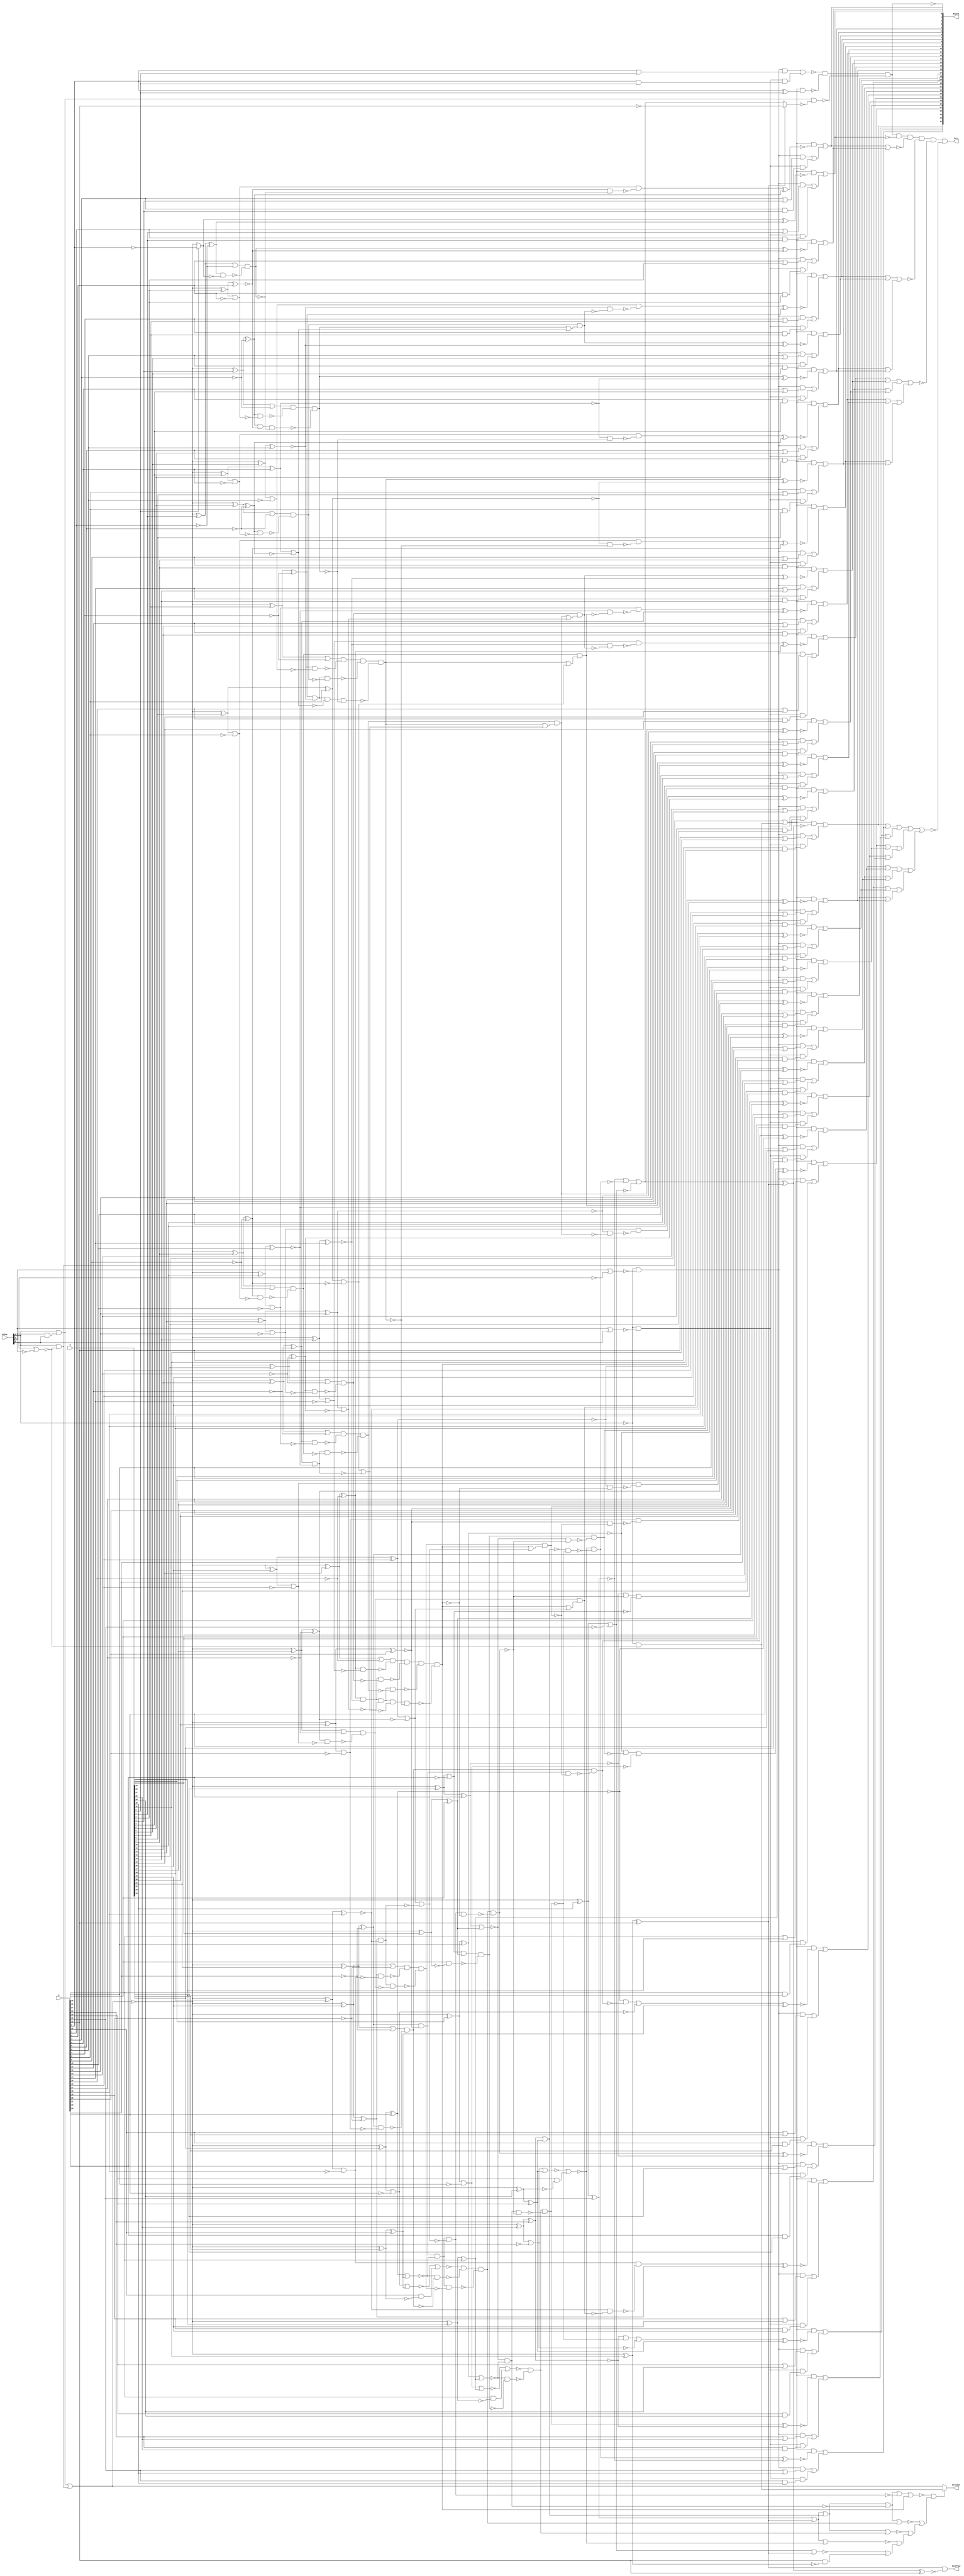
/* Generated by Yosys 0.12+36 (git sha1 60c3ea367, clang 10.0.0-4ubuntu1 -fPIC -Os) */

(* src = "alu.v:5.1-52.10" *)
module alu_reference(A, B, ALUop, Overflow, CarryOut, Zero, Result);
  wire _0000_;
  wire _0001_;
  wire _0002_;
  wire _0003_;
  wire _0004_;
  wire _0005_;
  wire _0006_;
  wire _0007_;
  wire _0008_;
  wire _0009_;
  wire _0010_;
  wire _0011_;
  wire _0012_;
  wire _0013_;
  wire _0014_;
  wire _0015_;
  wire _0016_;
  wire _0017_;
  wire _0018_;
  wire _0019_;
  wire _0020_;
  wire _0021_;
  wire _0022_;
  wire _0023_;
  wire _0024_;
  wire _0025_;
  wire _0026_;
  wire _0027_;
  wire _0028_;
  wire _0029_;
  wire _0030_;
  wire _0031_;
  wire _0032_;
  wire _0033_;
  wire _0034_;
  wire _0035_;
  wire _0036_;
  wire _0037_;
  wire _0038_;
  wire _0039_;
  wire _0040_;
  wire _0041_;
  wire _0042_;
  wire _0043_;
  wire _0044_;
  wire _0045_;
  wire _0046_;
  wire _0047_;
  wire _0048_;
  wire _0049_;
  wire _0050_;
  wire _0051_;
  wire _0052_;
  wire _0053_;
  wire _0054_;
  wire _0055_;
  wire _0056_;
  wire _0057_;
  wire _0058_;
  wire _0059_;
  wire _0060_;
  wire _0061_;
  wire _0062_;
  wire _0063_;
  wire _0064_;
  wire _0065_;
  wire _0066_;
  wire _0067_;
  wire _0068_;
  wire _0069_;
  wire _0070_;
  wire _0071_;
  wire _0072_;
  wire _0073_;
  wire _0074_;
  wire _0075_;
  wire _0076_;
  wire _0077_;
  wire _0078_;
  wire _0079_;
  wire _0080_;
  wire _0081_;
  wire _0082_;
  wire _0083_;
  wire _0084_;
  wire _0085_;
  wire _0086_;
  wire _0087_;
  wire _0088_;
  wire _0089_;
  wire _0090_;
  wire _0091_;
  wire _0092_;
  wire _0093_;
  wire _0094_;
  wire _0095_;
  wire _0096_;
  wire _0097_;
  wire _0098_;
  wire _0099_;
  wire _0100_;
  wire _0101_;
  wire _0102_;
  wire _0103_;
  wire _0104_;
  wire _0105_;
  wire _0106_;
  wire _0107_;
  wire _0108_;
  wire _0109_;
  wire _0110_;
  wire _0111_;
  wire _0112_;
  wire _0113_;
  wire _0114_;
  wire _0115_;
  wire _0116_;
  wire _0117_;
  wire _0118_;
  wire _0119_;
  wire _0120_;
  wire _0121_;
  wire _0122_;
  wire _0123_;
  wire _0124_;
  wire _0125_;
  wire _0126_;
  wire _0127_;
  wire _0128_;
  wire _0129_;
  wire _0130_;
  wire _0131_;
  wire _0132_;
  wire _0133_;
  wire _0134_;
  wire _0135_;
  wire _0136_;
  wire _0137_;
  wire _0138_;
  wire _0139_;
  wire _0140_;
  wire _0141_;
  wire _0142_;
  wire _0143_;
  wire _0144_;
  wire _0145_;
  wire _0146_;
  wire _0147_;
  wire _0148_;
  wire _0149_;
  wire _0150_;
  wire _0151_;
  wire _0152_;
  wire _0153_;
  wire _0154_;
  wire _0155_;
  wire _0156_;
  wire _0157_;
  wire _0158_;
  wire _0159_;
  wire _0160_;
  wire _0161_;
  wire _0162_;
  wire _0163_;
  wire _0164_;
  wire _0165_;
  wire _0166_;
  wire _0167_;
  wire _0168_;
  wire _0169_;
  wire _0170_;
  wire _0171_;
  wire _0172_;
  wire _0173_;
  wire _0174_;
  wire _0175_;
  wire _0176_;
  wire _0177_;
  wire _0178_;
  wire _0179_;
  wire _0180_;
  wire _0181_;
  wire _0182_;
  wire _0183_;
  wire _0184_;
  wire _0185_;
  wire _0186_;
  wire _0187_;
  wire _0188_;
  wire _0189_;
  wire _0190_;
  wire _0191_;
  wire _0192_;
  wire _0193_;
  wire _0194_;
  wire _0195_;
  wire _0196_;
  wire _0197_;
  wire _0198_;
  wire _0199_;
  wire _0200_;
  wire _0201_;
  wire _0202_;
  wire _0203_;
  wire _0204_;
  wire _0205_;
  wire _0206_;
  wire _0207_;
  wire _0208_;
  wire _0209_;
  wire _0210_;
  wire _0211_;
  wire _0212_;
  wire _0213_;
  wire _0214_;
  wire _0215_;
  wire _0216_;
  wire _0217_;
  wire _0218_;
  wire _0219_;
  wire _0220_;
  wire _0221_;
  wire _0222_;
  wire _0223_;
  wire _0224_;
  wire _0225_;
  wire _0226_;
  wire _0227_;
  wire _0228_;
  wire _0229_;
  wire _0230_;
  wire _0231_;
  wire _0232_;
  wire _0233_;
  wire _0234_;
  wire _0235_;
  wire _0236_;
  wire _0237_;
  wire _0238_;
  wire _0239_;
  wire _0240_;
  wire _0241_;
  wire _0242_;
  wire _0243_;
  wire _0244_;
  wire _0245_;
  wire _0246_;
  wire _0247_;
  wire _0248_;
  wire _0249_;
  wire _0250_;
  wire _0251_;
  wire _0252_;
  wire _0253_;
  wire _0254_;
  wire _0255_;
  wire _0256_;
  wire _0257_;
  wire _0258_;
  wire _0259_;
  wire _0260_;
  wire _0261_;
  wire _0262_;
  wire _0263_;
  wire _0264_;
  wire _0265_;
  wire _0266_;
  wire _0267_;
  wire _0268_;
  wire _0269_;
  wire _0270_;
  wire _0271_;
  wire _0272_;
  wire _0273_;
  wire _0274_;
  wire _0275_;
  wire _0276_;
  wire _0277_;
  wire _0278_;
  wire _0279_;
  wire _0280_;
  wire _0281_;
  wire _0282_;
  wire _0283_;
  wire _0284_;
  wire _0285_;
  wire _0286_;
  wire _0287_;
  wire _0288_;
  wire _0289_;
  wire _0290_;
  wire _0291_;
  wire _0292_;
  wire _0293_;
  wire _0294_;
  wire _0295_;
  wire _0296_;
  wire _0297_;
  wire _0298_;
  wire _0299_;
  wire _0300_;
  wire _0301_;
  wire _0302_;
  wire _0303_;
  wire _0304_;
  wire _0305_;
  wire _0306_;
  wire _0307_;
  wire _0308_;
  wire _0309_;
  wire _0310_;
  wire _0311_;
  wire _0312_;
  wire _0313_;
  wire _0314_;
  wire _0315_;
  wire _0316_;
  wire _0317_;
  wire _0318_;
  wire _0319_;
  wire _0320_;
  wire _0321_;
  wire _0322_;
  wire _0323_;
  wire _0324_;
  wire _0325_;
  wire _0326_;
  wire _0327_;
  wire _0328_;
  wire _0329_;
  wire _0330_;
  wire _0331_;
  wire _0332_;
  wire _0333_;
  wire _0334_;
  wire _0335_;
  wire _0336_;
  wire _0337_;
  wire _0338_;
  wire _0339_;
  wire _0340_;
  wire _0341_;
  wire _0342_;
  wire _0343_;
  wire _0344_;
  wire _0345_;
  wire _0346_;
  wire _0347_;
  wire _0348_;
  wire _0349_;
  wire _0350_;
  wire _0351_;
  wire _0352_;
  wire _0353_;
  wire _0354_;
  wire _0355_;
  wire _0356_;
  wire _0357_;
  wire _0358_;
  wire _0359_;
  wire _0360_;
  wire _0361_;
  wire _0362_;
  wire _0363_;
  wire _0364_;
  wire _0365_;
  wire _0366_;
  wire _0367_;
  wire _0368_;
  wire _0369_;
  wire _0370_;
  wire _0371_;
  wire _0372_;
  wire _0373_;
  wire _0374_;
  wire _0375_;
  wire _0376_;
  wire _0377_;
  wire _0378_;
  wire _0379_;
  wire _0380_;
  wire _0381_;
  wire _0382_;
  wire _0383_;
  wire _0384_;
  wire _0385_;
  wire _0386_;
  wire _0387_;
  wire _0388_;
  wire _0389_;
  wire _0390_;
  wire _0391_;
  wire _0392_;
  wire _0393_;
  wire _0394_;
  wire _0395_;
  wire _0396_;
  wire _0397_;
  wire _0398_;
  wire _0399_;
  wire _0400_;
  wire _0401_;
  wire _0402_;
  wire _0403_;
  wire _0404_;
  wire _0405_;
  wire _0406_;
  wire _0407_;
  wire _0408_;
  wire _0409_;
  wire _0410_;
  wire _0411_;
  wire _0412_;
  wire _0413_;
  wire _0414_;
  wire _0415_;
  wire _0416_;
  wire _0417_;
  wire _0418_;
  wire _0419_;
  wire _0420_;
  wire _0421_;
  wire _0422_;
  wire _0423_;
  wire _0424_;
  wire _0425_;
  wire _0426_;
  wire _0427_;
  wire _0428_;
  wire _0429_;
  wire _0430_;
  wire _0431_;
  wire _0432_;
  wire _0433_;
  wire _0434_;
  wire _0435_;
  wire _0436_;
  wire _0437_;
  wire _0438_;
  wire _0439_;
  wire _0440_;
  wire _0441_;
  wire _0442_;
  wire _0443_;
  wire _0444_;
  wire _0445_;
  wire _0446_;
  wire _0447_;
  wire _0448_;
  wire _0449_;
  wire _0450_;
  wire _0451_;
  wire _0452_;
  wire _0453_;
  wire _0454_;
  wire _0455_;
  wire _0456_;
  wire _0457_;
  wire _0458_;
  wire _0459_;
  wire _0460_;
  wire _0461_;
  wire _0462_;
  wire _0463_;
  wire _0464_;
  wire _0465_;
  wire _0466_;
  wire _0467_;
  wire _0468_;
  wire _0469_;
  wire _0470_;
  wire _0471_;
  wire _0472_;
  wire _0473_;
  wire _0474_;
  wire _0475_;
  wire _0476_;
  wire _0477_;
  wire _0478_;
  wire _0479_;
  wire _0480_;
  wire _0481_;
  wire _0482_;
  wire _0483_;
  wire _0484_;
  wire _0485_;
  wire _0486_;
  wire _0487_;
  wire _0488_;
  wire _0489_;
  wire _0490_;
  wire _0491_;
  wire _0492_;
  wire _0493_;
  wire _0494_;
  wire _0495_;
  wire _0496_;
  wire _0497_;
  wire _0498_;
  wire _0499_;
  wire _0500_;
  wire _0501_;
  wire _0502_;
  wire _0503_;
  wire _0504_;
  wire _0505_;
  wire _0506_;
  wire _0507_;
  wire _0508_;
  wire _0509_;
  wire _0510_;
  wire _0511_;
  wire _0512_;
  wire _0513_;
  wire _0514_;
  wire _0515_;
  wire _0516_;
  wire _0517_;
  wire _0518_;
  wire _0519_;
  wire _0520_;
  wire _0521_;
  wire _0522_;
  wire _0523_;
  wire _0524_;
  wire _0525_;
  wire _0526_;
  wire _0527_;
  wire _0528_;
  wire _0529_;
  wire _0530_;
  wire _0531_;
  wire _0532_;
  wire _0533_;
  (* src = "alu.v:6.19-6.20" *)
  input [31:0] A;
  (* src = "alu.v:8.14-8.19" *)
  input [2:0] ALUop;
  (* src = "alu.v:7.19-7.20" *)
  input [31:0] B;
  (* src = "alu.v:10.9-10.17" *)
  output CarryOut;
  (* src = "alu.v:9.9-9.17" *)
  output Overflow;
  (* src = "alu.v:12.20-12.26" *)
  output [31:0] Result;
  (* src = "alu.v:11.9-11.13" *)
  output Zero;
  assign _0000_ = ~ALUop[2];
  assign _0001_ = ALUop[1] | ALUop[0];
  assign _0002_ = _0000_ & ~(_0001_);
  assign _0003_ = ~(A[0] & B[0]);
  assign _0004_ = _0002_ & ~(_0003_);
  assign _0005_ = ALUop[1] | ~(ALUop[0]);
  assign _0006_ = _0000_ & ~(_0005_);
  assign _0007_ = ~(A[0] | B[0]);
  assign _0008_ = _0006_ & ~(_0007_);
  assign _0009_ = ~(_0008_ | _0004_);
  assign _0010_ = ALUop[0] | ~(ALUop[1]);
  assign _0011_ = _0000_ & ~(_0010_);
  assign _0012_ = ALUop[2] & ~(_0010_);
  assign _0013_ = _0012_ | _0011_;
  assign _0014_ = ~(ALUop[1] & ALUop[0]);
  assign _0015_ = ALUop[2] & ~(_0014_);
  assign _0016_ = ~(_0015_ | _0012_);
  assign _0017_ = ~(A[0] ^ B[0]);
  assign _0018_ = _0013_ & ~(_0017_);
  assign _0019_ = _0009_ & ~(_0018_);
  assign _0020_ = ~A[31];
  assign _0021_ = _0016_ ^ B[31];
  assign _0022_ = _0021_ ^ A[31];
  assign _0023_ = _0016_ ^ B[30];
  assign _0024_ = _0023_ | ~(A[30]);
  assign _0025_ = _0023_ ^ A[30];
  assign _0026_ = ~_0025_;
  assign _0027_ = _0016_ ^ B[29];
  assign _0028_ = A[29] & ~(_0027_);
  assign _0029_ = _0027_ ^ A[29];
  assign _0030_ = _0016_ ^ B[28];
  assign _0031_ = _0030_ | ~(A[28]);
  assign _0032_ = ~(_0031_ | _0029_);
  assign _0033_ = ~(_0032_ | _0028_);
  assign _0034_ = _0030_ ^ A[28];
  assign _0035_ = ~(_0034_ | _0029_);
  assign _0036_ = _0016_ ^ B[27];
  assign _0037_ = A[27] & ~(_0036_);
  assign _0038_ = _0036_ ^ A[27];
  assign _0039_ = _0016_ ^ B[26];
  assign _0040_ = _0039_ | ~(A[26]);
  assign _0041_ = ~(_0040_ | _0038_);
  assign _0042_ = ~(_0041_ | _0037_);
  assign _0043_ = _0039_ ^ A[26];
  assign _0044_ = ~(_0043_ | _0038_);
  assign _0045_ = _0016_ ^ B[25];
  assign _0046_ = A[25] & ~(_0045_);
  assign _0047_ = _0045_ ^ A[25];
  assign _0048_ = _0016_ ^ B[24];
  assign _0049_ = _0048_ | ~(A[24]);
  assign _0050_ = _0049_ | _0047_;
  assign _0051_ = _0050_ & ~(_0046_);
  assign _0052_ = _0044_ & ~(_0051_);
  assign _0053_ = _0042_ & ~(_0052_);
  assign _0054_ = _0048_ ^ A[24];
  assign _0055_ = ~(_0054_ | _0047_);
  assign _0056_ = _0055_ & _0044_;
  assign _0057_ = _0016_ ^ B[23];
  assign _0058_ = A[23] & ~(_0057_);
  assign _0059_ = _0057_ ^ A[23];
  assign _0060_ = _0016_ ^ B[22];
  assign _0061_ = _0060_ | ~(A[22]);
  assign _0062_ = ~(_0061_ | _0059_);
  assign _0063_ = ~(_0062_ | _0058_);
  assign _0064_ = _0060_ ^ A[22];
  assign _0065_ = ~(_0064_ | _0059_);
  assign _0066_ = ~A[21];
  assign _0067_ = _0016_ ^ B[21];
  assign _0068_ = _0067_ | _0066_;
  assign _0069_ = _0067_ ^ _0066_;
  assign _0070_ = _0016_ ^ B[20];
  assign _0071_ = _0070_ | ~(A[20]);
  assign _0072_ = _0069_ & ~(_0071_);
  assign _0073_ = _0068_ & ~(_0072_);
  assign _0074_ = _0065_ & ~(_0073_);
  assign _0075_ = _0063_ & ~(_0074_);
  assign _0076_ = _0070_ ^ A[20];
  assign _0077_ = _0069_ & ~(_0076_);
  assign _0078_ = _0077_ & _0065_;
  assign _0079_ = ~A[19];
  assign _0080_ = _0016_ ^ B[19];
  assign _0081_ = _0080_ | _0079_;
  assign _0082_ = _0080_ ^ _0079_;
  assign _0083_ = _0016_ ^ B[18];
  assign _0084_ = _0083_ | ~(A[18]);
  assign _0085_ = _0082_ & ~(_0084_);
  assign _0086_ = _0081_ & ~(_0085_);
  assign _0087_ = _0083_ ^ A[18];
  assign _0088_ = _0082_ & ~(_0087_);
  assign _0089_ = ~A[17];
  assign _0090_ = _0016_ ^ B[17];
  assign _0091_ = _0090_ | _0089_;
  assign _0092_ = _0090_ ^ _0089_;
  assign _0093_ = _0016_ ^ B[16];
  assign _0094_ = _0093_ | ~(A[16]);
  assign _0095_ = _0092_ & ~(_0094_);
  assign _0096_ = _0091_ & ~(_0095_);
  assign _0097_ = _0088_ & ~(_0096_);
  assign _0098_ = _0086_ & ~(_0097_);
  assign _0099_ = _0078_ & ~(_0098_);
  assign _0100_ = _0075_ & ~(_0099_);
  assign _0101_ = _0093_ ^ A[16];
  assign _0102_ = _0101_ | ~(_0092_);
  assign _0103_ = _0102_ | ~(_0088_);
  assign _0104_ = _0078_ & ~(_0103_);
  assign _0105_ = ~A[15];
  assign _0106_ = _0016_ ^ B[15];
  assign _0107_ = _0106_ | _0105_;
  assign _0108_ = _0106_ ^ _0105_;
  assign _0109_ = _0016_ ^ B[14];
  assign _0110_ = _0109_ | ~(A[14]);
  assign _0111_ = _0108_ & ~(_0110_);
  assign _0112_ = _0107_ & ~(_0111_);
  assign _0113_ = _0109_ ^ A[14];
  assign _0114_ = _0108_ & ~(_0113_);
  assign _0115_ = ~A[13];
  assign _0116_ = _0016_ ^ B[13];
  assign _0117_ = _0116_ | _0115_;
  assign _0118_ = _0116_ ^ _0115_;
  assign _0119_ = _0016_ ^ B[12];
  assign _0120_ = _0119_ | ~(A[12]);
  assign _0121_ = _0118_ & ~(_0120_);
  assign _0122_ = _0117_ & ~(_0121_);
  assign _0123_ = _0114_ & ~(_0122_);
  assign _0124_ = _0112_ & ~(_0123_);
  assign _0125_ = _0119_ ^ A[12];
  assign _0126_ = _0125_ | ~(_0118_);
  assign _0127_ = _0114_ & ~(_0126_);
  assign _0128_ = ~A[11];
  assign _0129_ = _0016_ ^ B[11];
  assign _0130_ = _0129_ | _0128_;
  assign _0131_ = _0129_ ^ _0128_;
  assign _0132_ = _0016_ ^ B[10];
  assign _0133_ = _0132_ | ~(A[10]);
  assign _0134_ = _0131_ & ~(_0133_);
  assign _0135_ = _0130_ & ~(_0134_);
  assign _0136_ = _0132_ ^ A[10];
  assign _0137_ = _0131_ & ~(_0136_);
  assign _0138_ = ~A[9];
  assign _0139_ = _0016_ ^ B[9];
  assign _0140_ = _0139_ | _0138_;
  assign _0141_ = _0139_ ^ _0138_;
  assign _0142_ = _0016_ ^ B[8];
  assign _0143_ = _0142_ | ~(A[8]);
  assign _0144_ = _0141_ & ~(_0143_);
  assign _0145_ = _0140_ & ~(_0144_);
  assign _0146_ = _0137_ & ~(_0145_);
  assign _0147_ = _0135_ & ~(_0146_);
  assign _0148_ = _0127_ & ~(_0147_);
  assign _0149_ = _0124_ & ~(_0148_);
  assign _0150_ = _0142_ ^ A[8];
  assign _0151_ = _0150_ | ~(_0141_);
  assign _0152_ = _0151_ | ~(_0137_);
  assign _0153_ = _0127_ & ~(_0152_);
  assign _0154_ = ~A[7];
  assign _0155_ = _0016_ ^ B[7];
  assign _0156_ = _0155_ | _0154_;
  assign _0157_ = _0155_ ^ _0154_;
  assign _0158_ = _0016_ ^ B[6];
  assign _0159_ = _0158_ | ~(A[6]);
  assign _0160_ = _0157_ & ~(_0159_);
  assign _0161_ = _0156_ & ~(_0160_);
  assign _0162_ = _0158_ ^ A[6];
  assign _0163_ = _0157_ & ~(_0162_);
  assign _0164_ = ~A[5];
  assign _0165_ = _0016_ ^ B[5];
  assign _0166_ = _0165_ | _0164_;
  assign _0167_ = _0165_ ^ _0164_;
  assign _0168_ = _0016_ ^ B[4];
  assign _0169_ = _0168_ | ~(A[4]);
  assign _0170_ = _0167_ & ~(_0169_);
  assign _0171_ = _0166_ & ~(_0170_);
  assign _0172_ = _0163_ & ~(_0171_);
  assign _0173_ = _0161_ & ~(_0172_);
  assign _0174_ = _0168_ ^ A[4];
  assign _0175_ = _0174_ | ~(_0167_);
  assign _0176_ = _0163_ & ~(_0175_);
  assign _0177_ = ~A[3];
  assign _0178_ = _0016_ ^ B[3];
  assign _0179_ = _0178_ | _0177_;
  assign _0180_ = _0178_ ^ _0177_;
  assign _0181_ = _0016_ ^ B[2];
  assign _0182_ = _0181_ | ~(A[2]);
  assign _0183_ = _0180_ & ~(_0182_);
  assign _0184_ = _0179_ & ~(_0183_);
  assign _0185_ = _0181_ ^ A[2];
  assign _0186_ = _0180_ & ~(_0185_);
  assign _0187_ = ~A[1];
  assign _0188_ = _0016_ ^ B[1];
  assign _0189_ = _0188_ | _0187_;
  assign _0190_ = _0188_ ^ _0187_;
  assign _0191_ = ~A[0];
  assign _0192_ = B[0] ? _0191_ : _0016_;
  assign _0193_ = _0190_ & ~(_0192_);
  assign _0194_ = _0189_ & ~(_0193_);
  assign _0195_ = _0186_ & ~(_0194_);
  assign _0196_ = _0184_ & ~(_0195_);
  assign _0197_ = _0176_ & ~(_0196_);
  assign _0198_ = _0173_ & ~(_0197_);
  assign _0199_ = _0153_ & ~(_0198_);
  assign _0200_ = _0149_ & ~(_0199_);
  assign _0201_ = _0104_ & ~(_0200_);
  assign _0202_ = _0100_ & ~(_0201_);
  assign _0203_ = _0056_ & ~(_0202_);
  assign _0204_ = _0053_ & ~(_0203_);
  assign _0205_ = _0035_ & ~(_0204_);
  assign _0206_ = _0033_ & ~(_0205_);
  assign _0207_ = _0026_ & ~(_0206_);
  assign _0208_ = _0207_ | ~(_0024_);
  assign _0209_ = _0022_ ? _0020_ : _0208_;
  assign _0210_ = _0015_ & ~(_0209_);
  assign _0211_ = _0019_ & ~(_0210_);
  assign Result[0] = ~_0211_;
  assign _0212_ = ~(A[1] & B[1]);
  assign _0213_ = _0002_ & ~(_0212_);
  assign _0214_ = ~(A[1] | B[1]);
  assign _0215_ = _0006_ & ~(_0214_);
  assign _0216_ = _0215_ | _0213_;
  assign _0217_ = _0192_ ^ _0190_;
  assign _0218_ = _0013_ & ~(_0217_);
  assign Result[1] = _0218_ | _0216_;
  assign _0219_ = ~(A[2] & B[2]);
  assign _0220_ = _0002_ & ~(_0219_);
  assign _0221_ = ~(A[2] | B[2]);
  assign _0222_ = _0006_ & ~(_0221_);
  assign _0223_ = _0222_ | _0220_;
  assign _0224_ = ~_0185_;
  assign _0225_ = _0194_ ^ _0224_;
  assign _0226_ = _0013_ & ~(_0225_);
  assign Result[2] = _0226_ | _0223_;
  assign _0227_ = ~(A[3] & B[3]);
  assign _0228_ = _0002_ & ~(_0227_);
  assign _0229_ = ~(A[3] | B[3]);
  assign _0230_ = _0006_ & ~(_0229_);
  assign _0231_ = _0230_ | _0228_;
  assign _0232_ = _0224_ & ~(_0194_);
  assign _0233_ = _0182_ & ~(_0232_);
  assign _0234_ = _0233_ ^ _0180_;
  assign _0235_ = _0013_ & ~(_0234_);
  assign Result[3] = _0235_ | _0231_;
  assign _0236_ = ~(A[4] & B[4]);
  assign _0237_ = _0002_ & ~(_0236_);
  assign _0238_ = ~(A[4] | B[4]);
  assign _0239_ = _0006_ & ~(_0238_);
  assign _0240_ = _0239_ | _0237_;
  assign _0241_ = ~_0174_;
  assign _0242_ = _0196_ ^ _0241_;
  assign _0243_ = _0013_ & ~(_0242_);
  assign Result[4] = _0243_ | _0240_;
  assign _0244_ = ~(A[5] & B[5]);
  assign _0245_ = _0002_ & ~(_0244_);
  assign _0246_ = ~(A[5] | B[5]);
  assign _0247_ = _0006_ & ~(_0246_);
  assign _0248_ = _0247_ | _0245_;
  assign _0249_ = _0241_ & ~(_0196_);
  assign _0250_ = _0169_ & ~(_0249_);
  assign _0251_ = _0250_ ^ _0167_;
  assign _0252_ = _0013_ & ~(_0251_);
  assign Result[5] = _0252_ | _0248_;
  assign _0253_ = ~(A[6] & B[6]);
  assign _0254_ = _0002_ & ~(_0253_);
  assign _0255_ = ~(A[6] | B[6]);
  assign _0256_ = _0006_ & ~(_0255_);
  assign _0257_ = _0256_ | _0254_;
  assign _0258_ = ~_0162_;
  assign _0259_ = ~(_0196_ | _0175_);
  assign _0260_ = _0171_ & ~(_0259_);
  assign _0261_ = _0260_ ^ _0258_;
  assign _0262_ = _0013_ & ~(_0261_);
  assign Result[6] = _0262_ | _0257_;
  assign _0263_ = ~(A[7] & B[7]);
  assign _0264_ = _0002_ & ~(_0263_);
  assign _0265_ = ~(A[7] | B[7]);
  assign _0266_ = _0006_ & ~(_0265_);
  assign _0267_ = _0266_ | _0264_;
  assign _0268_ = _0258_ & ~(_0260_);
  assign _0269_ = _0159_ & ~(_0268_);
  assign _0270_ = _0269_ ^ _0157_;
  assign _0271_ = _0013_ & ~(_0270_);
  assign Result[7] = _0271_ | _0267_;
  assign _0272_ = ~(A[8] & B[8]);
  assign _0273_ = _0002_ & ~(_0272_);
  assign _0274_ = ~(A[8] | B[8]);
  assign _0275_ = _0006_ & ~(_0274_);
  assign _0276_ = _0275_ | _0273_;
  assign _0277_ = ~_0150_;
  assign _0278_ = _0198_ ^ _0277_;
  assign _0279_ = _0013_ & ~(_0278_);
  assign Result[8] = _0279_ | _0276_;
  assign _0280_ = ~(A[9] & B[9]);
  assign _0281_ = _0002_ & ~(_0280_);
  assign _0282_ = ~(A[9] | B[9]);
  assign _0283_ = _0006_ & ~(_0282_);
  assign _0284_ = _0283_ | _0281_;
  assign _0285_ = _0277_ & ~(_0198_);
  assign _0286_ = _0143_ & ~(_0285_);
  assign _0287_ = _0286_ ^ _0141_;
  assign _0288_ = _0013_ & ~(_0287_);
  assign Result[9] = _0288_ | _0284_;
  assign _0289_ = ~(A[10] & B[10]);
  assign _0290_ = _0002_ & ~(_0289_);
  assign _0291_ = ~(A[10] | B[10]);
  assign _0292_ = _0006_ & ~(_0291_);
  assign _0293_ = _0292_ | _0290_;
  assign _0294_ = ~_0136_;
  assign _0295_ = ~(_0198_ | _0151_);
  assign _0296_ = _0145_ & ~(_0295_);
  assign _0297_ = _0296_ ^ _0294_;
  assign _0298_ = _0013_ & ~(_0297_);
  assign Result[10] = _0298_ | _0293_;
  assign _0299_ = ~(A[11] & B[11]);
  assign _0300_ = _0002_ & ~(_0299_);
  assign _0301_ = ~(A[11] | B[11]);
  assign _0302_ = _0006_ & ~(_0301_);
  assign _0303_ = _0302_ | _0300_;
  assign _0304_ = _0294_ & ~(_0296_);
  assign _0305_ = _0133_ & ~(_0304_);
  assign _0306_ = _0305_ ^ _0131_;
  assign _0307_ = _0013_ & ~(_0306_);
  assign Result[11] = _0307_ | _0303_;
  assign _0308_ = ~(A[12] & B[12]);
  assign _0309_ = _0002_ & ~(_0308_);
  assign _0310_ = ~(A[12] | B[12]);
  assign _0311_ = _0006_ & ~(_0310_);
  assign _0312_ = _0311_ | _0309_;
  assign _0313_ = ~_0125_;
  assign _0314_ = ~(_0198_ | _0152_);
  assign _0315_ = _0147_ & ~(_0314_);
  assign _0316_ = _0315_ ^ _0313_;
  assign _0317_ = _0013_ & ~(_0316_);
  assign Result[12] = _0317_ | _0312_;
  assign _0318_ = ~(A[13] & B[13]);
  assign _0319_ = _0002_ & ~(_0318_);
  assign _0320_ = ~(A[13] | B[13]);
  assign _0321_ = _0006_ & ~(_0320_);
  assign _0322_ = _0321_ | _0319_;
  assign _0323_ = _0313_ & ~(_0315_);
  assign _0324_ = _0120_ & ~(_0323_);
  assign _0325_ = _0324_ ^ _0118_;
  assign _0326_ = _0013_ & ~(_0325_);
  assign Result[13] = _0326_ | _0322_;
  assign _0327_ = ~(A[14] & B[14]);
  assign _0328_ = _0002_ & ~(_0327_);
  assign _0329_ = ~(A[14] | B[14]);
  assign _0330_ = _0006_ & ~(_0329_);
  assign _0331_ = _0330_ | _0328_;
  assign _0332_ = ~_0113_;
  assign _0333_ = ~(_0315_ | _0126_);
  assign _0334_ = _0122_ & ~(_0333_);
  assign _0335_ = _0334_ ^ _0332_;
  assign _0336_ = _0013_ & ~(_0335_);
  assign Result[14] = _0336_ | _0331_;
  assign _0337_ = ~(A[15] & B[15]);
  assign _0338_ = _0002_ & ~(_0337_);
  assign _0339_ = ~(A[15] | B[15]);
  assign _0340_ = _0006_ & ~(_0339_);
  assign _0341_ = _0340_ | _0338_;
  assign _0342_ = _0332_ & ~(_0334_);
  assign _0343_ = _0110_ & ~(_0342_);
  assign _0344_ = _0343_ ^ _0108_;
  assign _0345_ = _0013_ & ~(_0344_);
  assign Result[15] = _0345_ | _0341_;
  assign _0346_ = ~(A[16] & B[16]);
  assign _0347_ = _0002_ & ~(_0346_);
  assign _0348_ = ~(A[16] | B[16]);
  assign _0349_ = _0006_ & ~(_0348_);
  assign _0350_ = _0349_ | _0347_;
  assign _0351_ = ~_0101_;
  assign _0352_ = _0200_ ^ _0351_;
  assign _0353_ = _0013_ & ~(_0352_);
  assign Result[16] = _0353_ | _0350_;
  assign _0354_ = ~(A[17] & B[17]);
  assign _0355_ = _0002_ & ~(_0354_);
  assign _0356_ = ~(A[17] | B[17]);
  assign _0357_ = _0006_ & ~(_0356_);
  assign _0358_ = _0357_ | _0355_;
  assign _0359_ = _0351_ & ~(_0200_);
  assign _0360_ = _0094_ & ~(_0359_);
  assign _0361_ = _0360_ ^ _0092_;
  assign _0362_ = _0013_ & ~(_0361_);
  assign Result[17] = _0362_ | _0358_;
  assign _0363_ = ~(A[18] & B[18]);
  assign _0364_ = _0002_ & ~(_0363_);
  assign _0365_ = ~(A[18] | B[18]);
  assign _0366_ = _0006_ & ~(_0365_);
  assign _0367_ = _0366_ | _0364_;
  assign _0368_ = ~_0087_;
  assign _0369_ = ~(_0200_ | _0102_);
  assign _0370_ = _0096_ & ~(_0369_);
  assign _0371_ = _0370_ ^ _0368_;
  assign _0372_ = _0013_ & ~(_0371_);
  assign Result[18] = _0372_ | _0367_;
  assign _0373_ = ~(A[19] & B[19]);
  assign _0374_ = _0002_ & ~(_0373_);
  assign _0375_ = ~(A[19] | B[19]);
  assign _0376_ = _0006_ & ~(_0375_);
  assign _0377_ = _0376_ | _0374_;
  assign _0378_ = _0368_ & ~(_0370_);
  assign _0379_ = _0084_ & ~(_0378_);
  assign _0380_ = _0379_ ^ _0082_;
  assign _0381_ = _0013_ & ~(_0380_);
  assign Result[19] = _0381_ | _0377_;
  assign _0382_ = ~(A[20] & B[20]);
  assign _0383_ = _0002_ & ~(_0382_);
  assign _0384_ = ~(A[20] | B[20]);
  assign _0385_ = _0006_ & ~(_0384_);
  assign _0386_ = _0385_ | _0383_;
  assign _0387_ = ~_0076_;
  assign _0388_ = ~(_0200_ | _0103_);
  assign _0389_ = _0098_ & ~(_0388_);
  assign _0390_ = _0389_ ^ _0387_;
  assign _0391_ = _0013_ & ~(_0390_);
  assign Result[20] = _0391_ | _0386_;
  assign _0392_ = ~(A[21] & B[21]);
  assign _0393_ = _0002_ & ~(_0392_);
  assign _0394_ = ~(A[21] | B[21]);
  assign _0395_ = _0006_ & ~(_0394_);
  assign _0396_ = _0395_ | _0393_;
  assign _0397_ = _0387_ & ~(_0389_);
  assign _0398_ = _0071_ & ~(_0397_);
  assign _0399_ = _0398_ ^ _0069_;
  assign _0400_ = _0013_ & ~(_0399_);
  assign Result[21] = _0400_ | _0396_;
  assign _0401_ = ~(A[22] & B[22]);
  assign _0402_ = _0002_ & ~(_0401_);
  assign _0403_ = ~(A[22] | B[22]);
  assign _0404_ = _0006_ & ~(_0403_);
  assign _0405_ = _0404_ | _0402_;
  assign _0406_ = ~_0064_;
  assign _0407_ = _0077_ & ~(_0389_);
  assign _0408_ = _0073_ & ~(_0407_);
  assign _0409_ = _0408_ ^ _0406_;
  assign _0410_ = _0013_ & ~(_0409_);
  assign Result[22] = _0410_ | _0405_;
  assign _0411_ = ~(A[23] & B[23]);
  assign _0412_ = _0002_ & ~(_0411_);
  assign _0413_ = ~(A[23] | B[23]);
  assign _0414_ = _0006_ & ~(_0413_);
  assign _0415_ = _0414_ | _0412_;
  assign _0416_ = _0406_ & ~(_0408_);
  assign _0417_ = _0416_ | ~(_0061_);
  assign _0418_ = _0417_ ^ _0059_;
  assign _0419_ = _0013_ & ~(_0418_);
  assign Result[23] = _0419_ | _0415_;
  assign _0420_ = ~(A[24] & B[24]);
  assign _0421_ = _0002_ & ~(_0420_);
  assign _0422_ = ~(A[24] | B[24]);
  assign _0423_ = _0006_ & ~(_0422_);
  assign _0424_ = _0423_ | _0421_;
  assign _0425_ = ~_0054_;
  assign _0426_ = _0202_ ^ _0425_;
  assign _0427_ = _0013_ & ~(_0426_);
  assign Result[24] = _0427_ | _0424_;
  assign _0428_ = ~(A[25] & B[25]);
  assign _0429_ = _0002_ & ~(_0428_);
  assign _0430_ = ~(A[25] | B[25]);
  assign _0431_ = _0006_ & ~(_0430_);
  assign _0432_ = _0431_ | _0429_;
  assign _0433_ = _0425_ & ~(_0202_);
  assign _0434_ = _0433_ | ~(_0049_);
  assign _0435_ = _0434_ ^ _0047_;
  assign _0436_ = _0013_ & ~(_0435_);
  assign Result[25] = _0436_ | _0432_;
  assign _0437_ = ~(A[26] & B[26]);
  assign _0438_ = _0002_ & ~(_0437_);
  assign _0439_ = ~(A[26] | B[26]);
  assign _0440_ = _0006_ & ~(_0439_);
  assign _0441_ = _0440_ | _0438_;
  assign _0442_ = ~_0043_;
  assign _0443_ = _0055_ & ~(_0202_);
  assign _0444_ = _0051_ & ~(_0443_);
  assign _0445_ = _0444_ ^ _0442_;
  assign _0446_ = _0013_ & ~(_0445_);
  assign Result[26] = _0446_ | _0441_;
  assign _0447_ = ~(A[27] & B[27]);
  assign _0448_ = _0002_ & ~(_0447_);
  assign _0449_ = ~(A[27] | B[27]);
  assign _0450_ = _0006_ & ~(_0449_);
  assign _0451_ = _0450_ | _0448_;
  assign _0452_ = _0442_ & ~(_0444_);
  assign _0453_ = _0452_ | ~(_0040_);
  assign _0454_ = _0453_ ^ _0038_;
  assign _0455_ = _0013_ & ~(_0454_);
  assign Result[27] = _0455_ | _0451_;
  assign _0456_ = ~(A[28] & B[28]);
  assign _0457_ = _0002_ & ~(_0456_);
  assign _0458_ = ~(A[28] | B[28]);
  assign _0459_ = _0006_ & ~(_0458_);
  assign _0460_ = _0459_ | _0457_;
  assign _0461_ = ~_0034_;
  assign _0462_ = _0204_ ^ _0461_;
  assign _0463_ = _0013_ & ~(_0462_);
  assign Result[28] = _0463_ | _0460_;
  assign _0464_ = ~(A[29] & B[29]);
  assign _0465_ = _0002_ & ~(_0464_);
  assign _0466_ = ~(A[29] | B[29]);
  assign _0467_ = _0006_ & ~(_0466_);
  assign _0468_ = _0467_ | _0465_;
  assign _0469_ = _0461_ & ~(_0204_);
  assign _0470_ = _0469_ | ~(_0031_);
  assign _0471_ = _0470_ ^ _0029_;
  assign _0472_ = _0013_ & ~(_0471_);
  assign Result[29] = _0472_ | _0468_;
  assign _0473_ = ~(A[30] & B[30]);
  assign _0474_ = _0002_ & ~(_0473_);
  assign _0475_ = ~(A[30] | B[30]);
  assign _0476_ = _0006_ & ~(_0475_);
  assign _0477_ = _0476_ | _0474_;
  assign _0478_ = _0206_ ^ _0026_;
  assign _0479_ = _0013_ & ~(_0478_);
  assign Result[30] = _0479_ | _0477_;
  assign _0480_ = ~(A[31] & B[31]);
  assign _0481_ = _0002_ & ~(_0480_);
  assign _0482_ = ~(A[31] | B[31]);
  assign _0483_ = _0006_ & ~(_0482_);
  assign _0484_ = _0483_ | _0481_;
  assign _0485_ = _0208_ ^ _0022_;
  assign _0486_ = _0013_ & ~(_0485_);
  assign Result[31] = _0486_ | _0484_;
  assign _0487_ = _0211_ & ~(Result[1]);
  assign _0488_ = Result[3] | Result[2];
  assign _0489_ = _0487_ & ~(_0488_);
  assign _0490_ = Result[5] | Result[4];
  assign _0491_ = Result[7] | Result[6];
  assign _0492_ = _0491_ | _0490_;
  assign _0493_ = _0489_ & ~(_0492_);
  assign _0494_ = Result[9] | Result[8];
  assign _0495_ = Result[11] | Result[10];
  assign _0496_ = _0495_ | _0494_;
  assign _0497_ = Result[13] | Result[12];
  assign _0498_ = Result[15] | Result[14];
  assign _0499_ = _0498_ | _0497_;
  assign _0500_ = _0499_ | _0496_;
  assign _0501_ = _0493_ & ~(_0500_);
  assign _0502_ = Result[17] | Result[16];
  assign _0503_ = Result[19] | Result[18];
  assign _0504_ = _0503_ | _0502_;
  assign _0505_ = Result[21] | Result[20];
  assign _0506_ = Result[23] | Result[22];
  assign _0507_ = _0506_ | _0505_;
  assign _0508_ = _0507_ | _0504_;
  assign _0509_ = Result[25] | Result[24];
  assign _0510_ = Result[27] | Result[26];
  assign _0511_ = _0510_ | _0509_;
  assign _0512_ = Result[29] | Result[28];
  assign _0513_ = Result[31] | Result[30];
  assign _0514_ = _0513_ | _0512_;
  assign _0515_ = _0514_ | _0511_;
  assign _0516_ = _0515_ | _0508_;
  assign Zero = _0501_ & ~(_0516_);
  assign _0517_ = ~_0016_;
  assign _0518_ = A[31] & ~(_0021_);
  assign _0519_ = ~(_0024_ | _0022_);
  assign _0520_ = _0519_ | _0518_;
  assign _0521_ = _0025_ | _0022_;
  assign _0522_ = ~(_0521_ | _0033_);
  assign _0523_ = _0522_ | _0520_;
  assign _0524_ = _0521_ | ~(_0035_);
  assign _0525_ = ~(_0524_ | _0053_);
  assign _0526_ = _0525_ | _0523_;
  assign _0527_ = _0524_ | ~(_0056_);
  assign _0528_ = ~(_0527_ | _0100_);
  assign _0529_ = _0528_ | _0526_;
  assign _0530_ = _0527_ | ~(_0104_);
  assign _0531_ = ~(_0530_ | _0200_);
  assign _0532_ = _0531_ | _0529_;
  assign CarryOut = _0532_ ? _0011_ : _0517_;
  assign _0533_ = _0485_ ^ A[31];
  assign Overflow = _0022_ & ~(_0533_);
endmodule